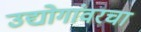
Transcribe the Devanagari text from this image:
उद्योगांवरचा